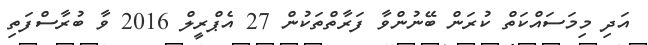
އަދި މިމަސައްކަތް ކުރަން ބޭނުންވާ ފަރާތްތަކުން 27 އެޕްރީލް 2016 ވާ ބުރާސްފަތި